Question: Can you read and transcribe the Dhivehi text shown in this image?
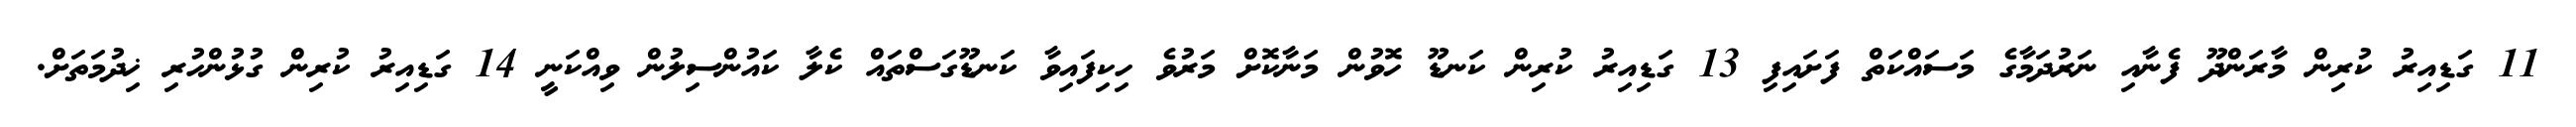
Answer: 11 ގަޑިއިރު ކުރިން މާރަންދޫ ފެނާއި ނަރުދަމާގެ މަސައްކަތް ފަށައިފި 13 ގަޑިއިރު ކުރިން ކަނޑޫ ހޮވުން މަނާކޮށް މަރުވެ ހިކިފައިވާ ކަނޑޫގަސްތައް ކެލާ ކައުންސިލުން ވިއްކަނީ 14 ގަޑިއިރު ކުރިން ގުޅުންހުރި ޚިދުމަތަށް.